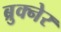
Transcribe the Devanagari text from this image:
ब्रुक्नेर